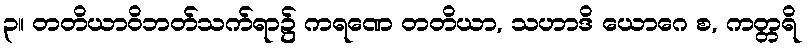
၃။ တတိယာဝိဘတ်သက်ရာ၌ ကရဏေ တတိယာ, သဟာဒိ ယောဂေ စ, ကတ္တရိ